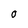
Character: O